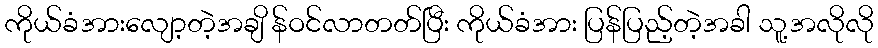
ကိုယ်ခံအားလျော့တဲ့အချိ န်ဝင်လာတတ်ပြီး ကိုယ်ခံအား ပြန်ပြည့်တဲ့အခါ သူ့အလိုလို